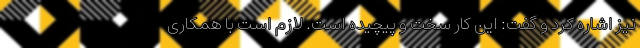
نیز اشاره کرد و گفت: این کار سخت و پیچیده است. لازم است با همکاری